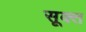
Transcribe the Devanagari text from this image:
सूक्‍त